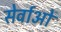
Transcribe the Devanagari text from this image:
सेर्वाओं